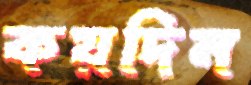
কয়দিন